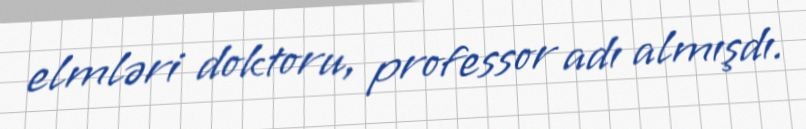
elmləri doktoru, professor adı almışdı.